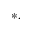
^ { * , }